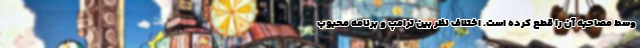
وسط مصاحبه آن را قطع کرده است. اختلاف نظر بین ترامپ و برنامه محبوب